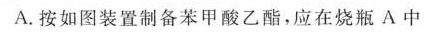
A. 按如图装置制备苯甲酸乙酯，应在烧瓶 A 中